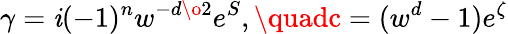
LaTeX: \gamma=\mathit{i}(-1)^{{n}}w^{-{{d}\o2}}e^{S},\quadc=(w^{d}-1)e^{\zeta}